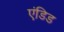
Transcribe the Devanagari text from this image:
एंडिड